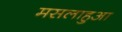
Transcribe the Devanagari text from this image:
मसलाहुआ